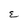
Character: E